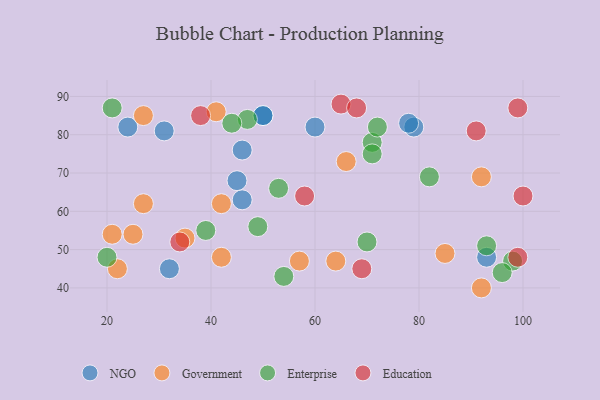
{"axis": {"x": "GDP", "y": "Life Expectancy"}, "legend": ["Education", "Enterprise", "Government", "NGO"], "data": [{"x": "46", "y": 76, "type": "NGO"}, {"x": "93", "y": 48, "type": "NGO"}, {"x": "50", "y": 85, "type": "NGO"}, {"x": "60", "y": 82, "type": "NGO"}, {"x": "79", "y": 82, "type": "NGO"}, {"x": "50", "y": 85, "type": "NGO"}, {"x": "45", "y": 68, "type": "NGO"}, {"x": "78", "y": 83, "type": "NGO"}, {"x": "24", "y": 82, "type": "NGO"}, {"x": "31", "y": 81, "type": "NGO"}, {"x": "46", "y": 63, "type": "NGO"}, {"x": "32", "y": 45, "type": "NGO"}, {"x": "35", "y": 53, "type": "Government"}, {"x": "85", "y": 49, "type": "Government"}, {"x": "27", "y": 85, "type": "Government"}, {"x": "64", "y": 47, "type": "Government"}, {"x": "27", "y": 62, "type": "Government"}, {"x": "42", "y": 48, "type": "Government"}, {"x": "42", "y": 62, "type": "Government"}, {"x": "92", "y": 40, "type": "Government"}, {"x": "22", "y": 45, "type": "Government"}, {"x": "25", "y": 54, "type": "Government"}, {"x": "92", "y": 69, "type": "Government"}, {"x": "57", "y": 47, "type": "Government"}, {"x": "41", "y": 86, "type": "Government"}, {"x": "66", "y": 73, "type": "Government"}, {"x": "21", "y": 54, "type": "Government"}, {"x": "98", "y": 47, "type": "Enterprise"}, {"x": "39", "y": 55, "type": "Enterprise"}, {"x": "71", "y": 78, "type": "Enterprise"}, {"x": "49", "y": 56, "type": "Enterprise"}, {"x": "47", "y": 84, "type": "Enterprise"}, {"x": "70", "y": 52, "type": "Enterprise"}, {"x": "71", "y": 75, "type": "Enterprise"}, {"x": "82", "y": 69, "type": "Enterprise"}, {"x": "72", "y": 82, "type": "Enterprise"}, {"x": "53", "y": 66, "type": "Enterprise"}, {"x": "20", "y": 48, "type": "Enterprise"}, {"x": "21", "y": 87, "type": "Enterprise"}, {"x": "96", "y": 44, "type": "Enterprise"}, {"x": "54", "y": 43, "type": "Enterprise"}, {"x": "44", "y": 83, "type": "Enterprise"}, {"x": "93", "y": 51, "type": "Enterprise"}, {"x": "99", "y": 48, "type": "Education"}, {"x": "65", "y": 88, "type": "Education"}, {"x": "38", "y": 85, "type": "Education"}, {"x": "99", "y": 87, "type": "Education"}, {"x": "91", "y": 81, "type": "Education"}, {"x": "100", "y": 64, "type": "Education"}, {"x": "34", "y": 52, "type": "Education"}, {"x": "69", "y": 45, "type": "Education"}, {"x": "68", "y": 87, "type": "Education"}, {"x": "58", "y": 64, "type": "Education"}]}